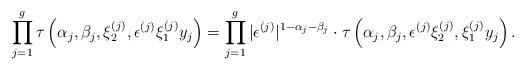
LaTeX: \begin{align*}\prod_{j=1}^g\tau\left(\alpha_j,\beta_j,\xi_2^{(j)},\epsilon^{(j)}\xi_1^{(j)}y_j\right)=\prod_{j=1}^g|\epsilon^{(j)}|^{1-\alpha_j-\beta_j}\cdot\tau\left(\alpha_j,\beta_j,\epsilon^{(j)}\xi_2^{(j)},\xi_1^{(j)}y_j\right).\end{align*}